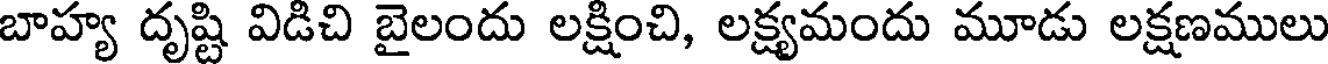
బాహ్య దృష్టి విడిచి బైలందు లక్షించి, లక్ష్యమందు మూడు లక్షణములు